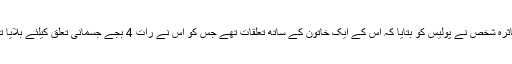
متاثرہ شخص نے پولیس کو بتایا کہ اس کے ایک خاتون کے ساتھ تعلقات تھے جس کو اس نے رات 4 بجے جسمانی تعلق کیلئے بلایا تھا۔